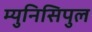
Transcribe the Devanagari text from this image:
म्युनिसिपुल